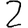
Digit: 2